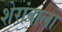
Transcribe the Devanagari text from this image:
शेरांवाला